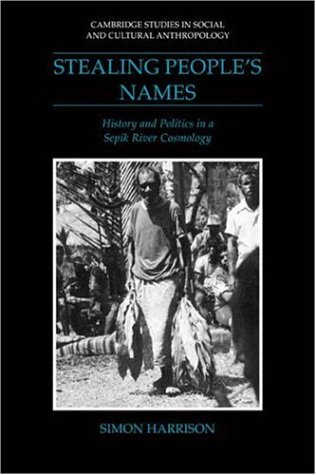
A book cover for Stealing People's Names: History and Politics in a Sepik River Cosmology (Cambridge Studies in Social and Cultural Anthropology); Simon J. Harrison; History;